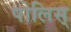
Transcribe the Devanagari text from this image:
पोलिस्